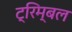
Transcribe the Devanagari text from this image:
ट्रिम्बल